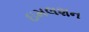
ઇમલશન